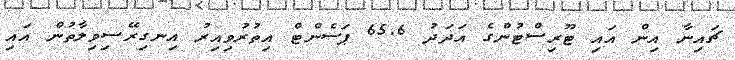
ޗައިނާ އިން އައި ޓޫރިސްޓުންގެ އަދަދު 65.6 ޕަސެންޓް އިތުރުވިއިރު އިނގިރޭސިވިލާތުން އައި